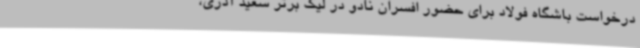
درخواست باشگاه فولاد برای حضور افسران نادو در لیگ برتر سعید آذری،